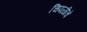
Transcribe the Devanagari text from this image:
चिपळीचे